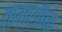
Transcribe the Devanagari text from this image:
तामसीक